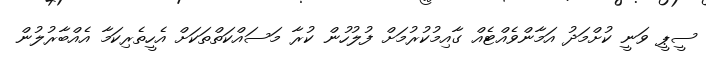
ސީޕީ ވަނީ ކުށްމަދު އަމާންވެއްޓެއް ގާއިމުކުރުމަށް ފުލުހުން ކުރާ މަސައްކަތްތަކަށް އެހީތެރިކަމާ އެއްބާރުލުން